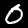
Label: 0